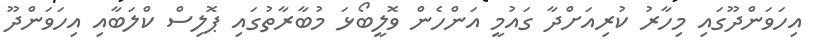
އިހަވަންދޫގައި މިހާރު ކުރިއަށްދާ ގައުމީ އަންހެން ވޮލީބޯޅަ މުބާރާތުގައި ޕޮލިސް ކްލަބާއި އިހަވަންދޫ